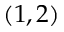
( 1 , 2 )